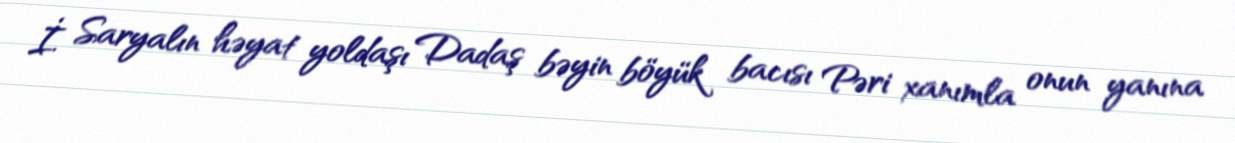
İ. Saryalın həyat yoldaşı Dadaş bəyin böyük bacısı Pəri xanımla onun yanına